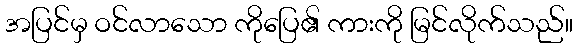
အပြင်မှ ဝင်လာသော ကိုပြေ၏ ကားကို မြင်လိုက်သည်။